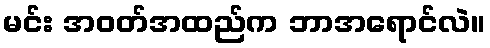
မင်း အဝတ်အထည်က ဘာအရောင်လဲ။